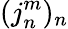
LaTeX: (j_{n}^{m})_{n}